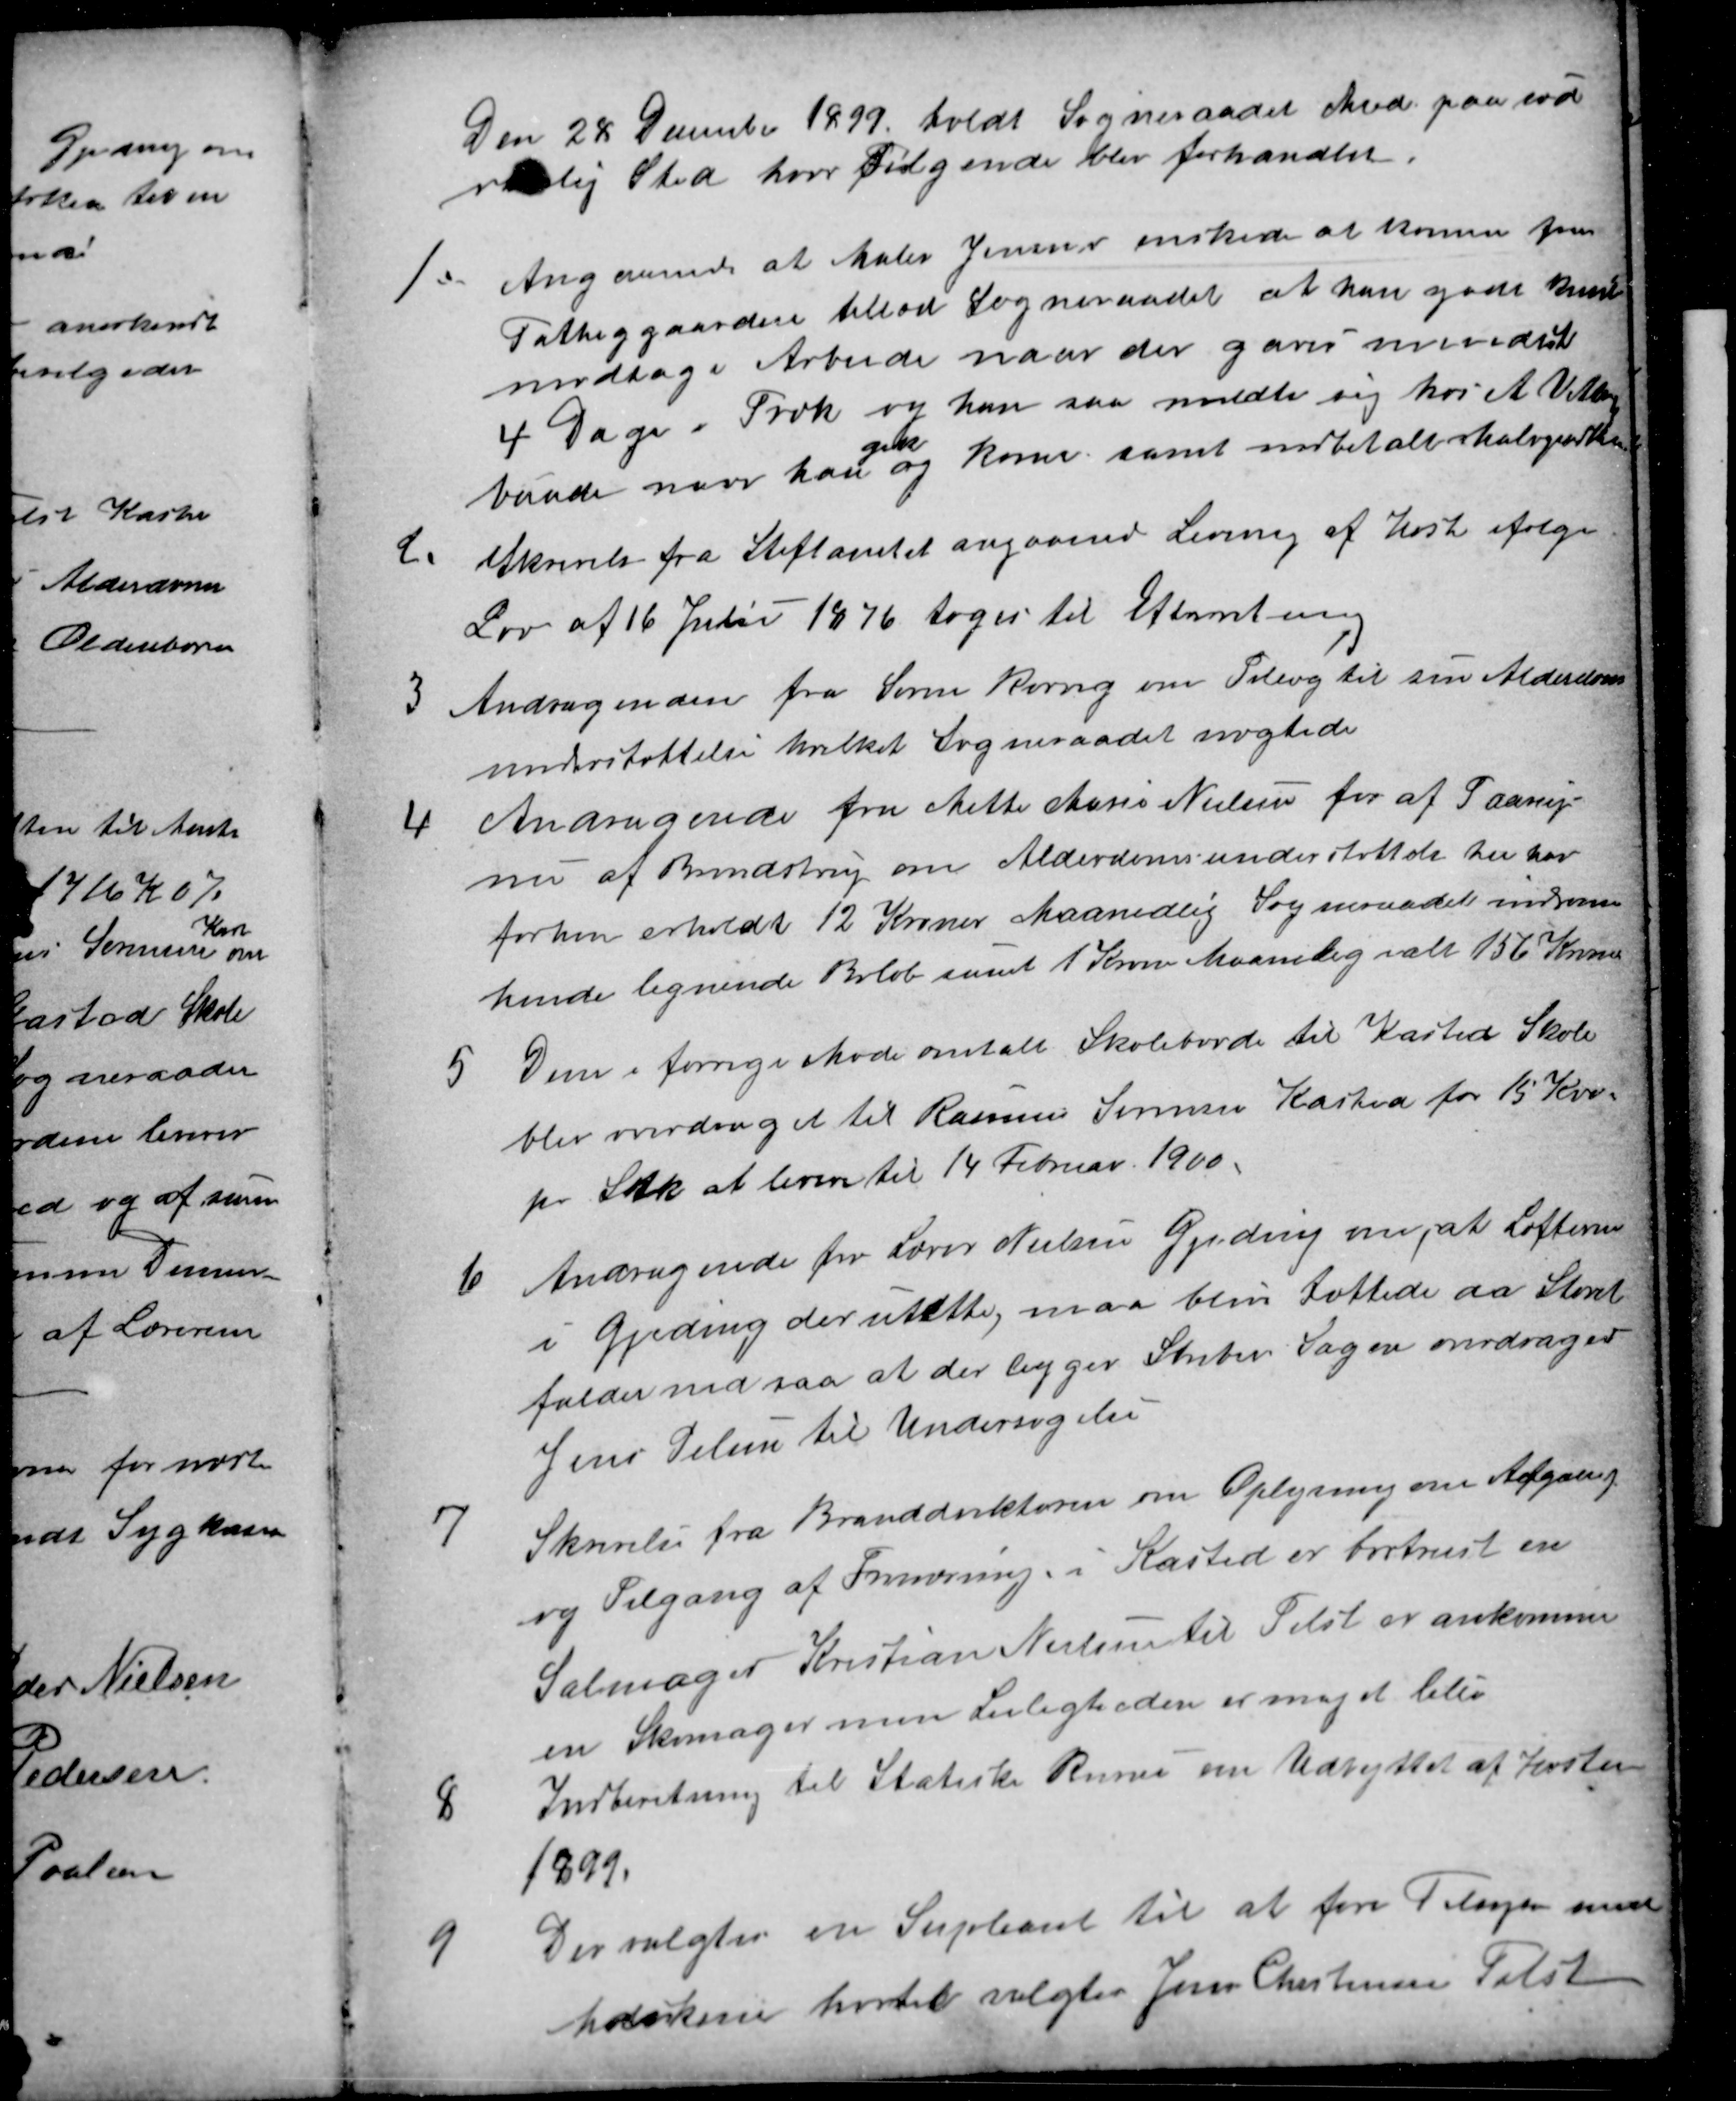
Transskription:
Den 28 December 1899 holdt Sogneraadet Møde paa sæd
vanlig Sted hvor følgende blev forhandlet
1.
Angaaende at Maler Jensen ønskede at komme fra
Fattiggaarden tillod Sogneraadet at han godt kunde
modtage Arbejde naar der gaves mindst til
4 Dage i Træk og han saa meldte sig hos A Vittrup
baade naar han 
gik
og kom samt indbetalte Halvparten
2.
Skrivelse fra Stiftamtet angaaende Levering af Heste ifølge
Lov af 16 Juni 1876 toges til Efterretning
3
Andragenden fra Søren Rørvig om Tillæg til sin Alderdom
understøttelse hvilket Sogneraadet nægtede
4
Andragende fra Mette Marie Nielsen for af Faarup
nu af Brendstrup om Alderdomsunderstøttelse hun har
forhen erholdt 12 Kroner Maanedlig Sogneraadet indrømm
hende lignende Beløb samt 1 Krone Maanelig ialt 156 Kroner
5 
Dem i forrige Møde omtalt Skoleborde til Kasted Skole
blev overdraget til Rasmus Sørensen Kasted for 15 Kro
pr Stk at levere til 14 Februar 1900.
6. 
Andragende for Lærer Nielsen Gjeding om, at Lofterne
i Gjeding der utætte, maa bliv tættede da Støvet
falder ned saa at der ligger Striber Sagen overdrages
Jens Pelsen til Undersøgelse
7
Skrivelse fra Branddirektøren om Oplysning om Afgang
og Tilgang af Frinæring. i Kasted er bortreist en
Salmager Kristian Nielsen til Tilst er ankommen
en Skomager men Leiligheden er meget lille
8
Indberetning til StatiskeRunu om Udbyttet af Høsten
1899.
9
Der valgtes en Supleant til at føre Tilsyn med
Maskiner hvortil valgtes Jens Christensen Tilst